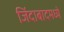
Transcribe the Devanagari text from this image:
जिंदाबादमध्ये